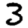
Digit: 3